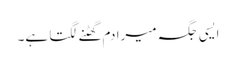
ایسی جگہ میرا دم گھٹنے لگتا ہے۔